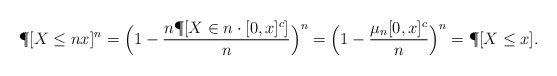
\begin{align*}\P[ X\le nx ]^n = \Big(1 - \frac{n \P[ X\in n\cdot [0,x]^c]}{n} \Big)^n = \Big( 1-\frac{\mu_n[0,x]^c}{n}\Big)^n = \P[X\le x].\end{align*}